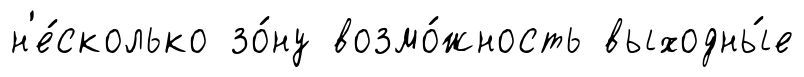
н'е́сколько зо́ну возмо́жность выходны́е